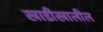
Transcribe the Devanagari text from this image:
खाडीखालील